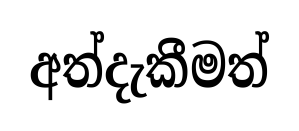
අත්දැකීමත්